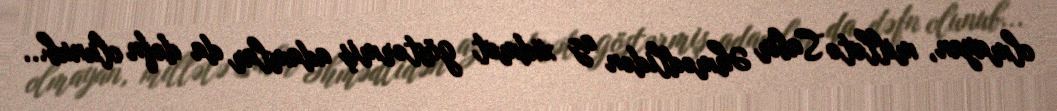
olmayan, millətə Sabir Əhmədlidən az xidmət göstərmiş adamlar da dəfn olunub...